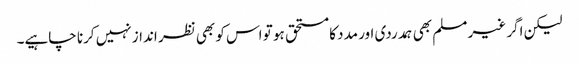
لیکن اگر غیر مسلم بھی ہمدردی اور مدد کا مستحق ہو تو اس کو بھی نظر انداز نہیں کرنا چاہیے۔